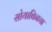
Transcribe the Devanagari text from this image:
सोयाबिनचा